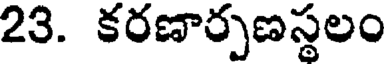
23. కరణార్పణస్థలం